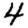
Digit: 4